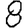
Digit: 8